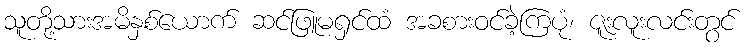
သူတို့သားအမိနှစ်ယောက် ဆင်ဖြူမရှင်ထံ အခစားဝင်ခဲ့ကြပုံ၊ ဇူးလူးလင်းတွင်